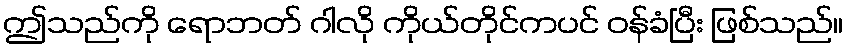
ဤသည်ကို ရောဘတ် ဂါလို ကိုယ်တိုင်ကပင် ဝန်ခံပြီး ဖြစ်သည်။